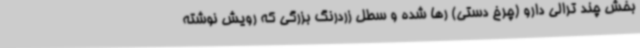
بخش چند ترالی دارو (چرخ دستی) رها شده و سطل زردرنگ بزرگی که رویش نوشته